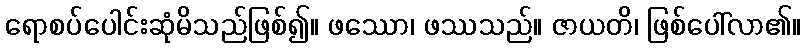
ရောစပ်ပေါင်းဆုံမိသည်ဖြစ်၍။ ဖဿော၊ ဖဿသည်။ ဇာယတိ၊ ဖြစ်ပေါ်လာ၏။